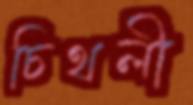
চিথলী